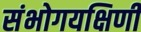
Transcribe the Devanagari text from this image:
संभोगयक्षिणी